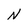
Character: N